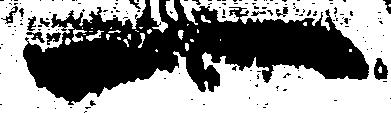
一